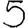
Digit: 5